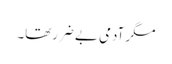
مگر آدمی بے ضررتھا۔